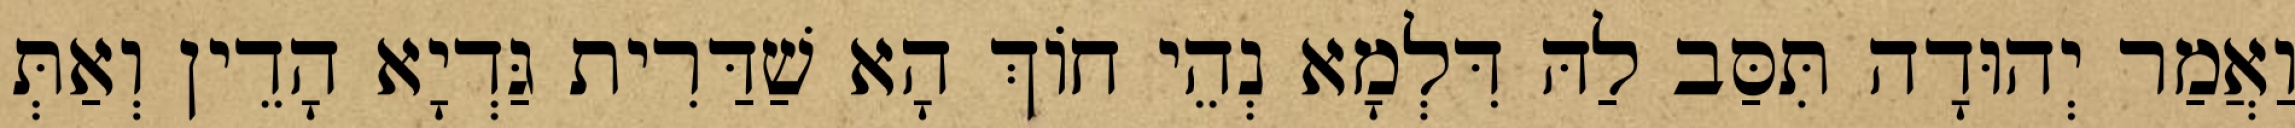
וַאֲמַר יְהוּדָה תִּסַּב לַהּ דִּלְמָא נְהֵי חוֹךְ הָא שַׁדַּרִית גַּדְיָא הָדֵין וְאַתְּ